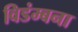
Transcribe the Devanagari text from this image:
विडंम्बना